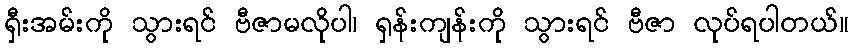
ရှီးအမ်းကို သွားရင် ဗီဇာမလိုပါ၊ ရှန်းကျန်းကို သွားရင် ဗီဇာ လုပ်ရပါတယ်။